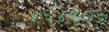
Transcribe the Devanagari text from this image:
५६४९०६